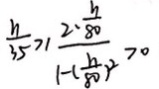
\frac { h } { 3 5 } \geq \frac { 2 \times \frac { h } { 8 0 } } { 1 - ( \frac { h } { 8 0 } ) ^ { 2 } } > 0